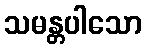
သမန္တပါသော